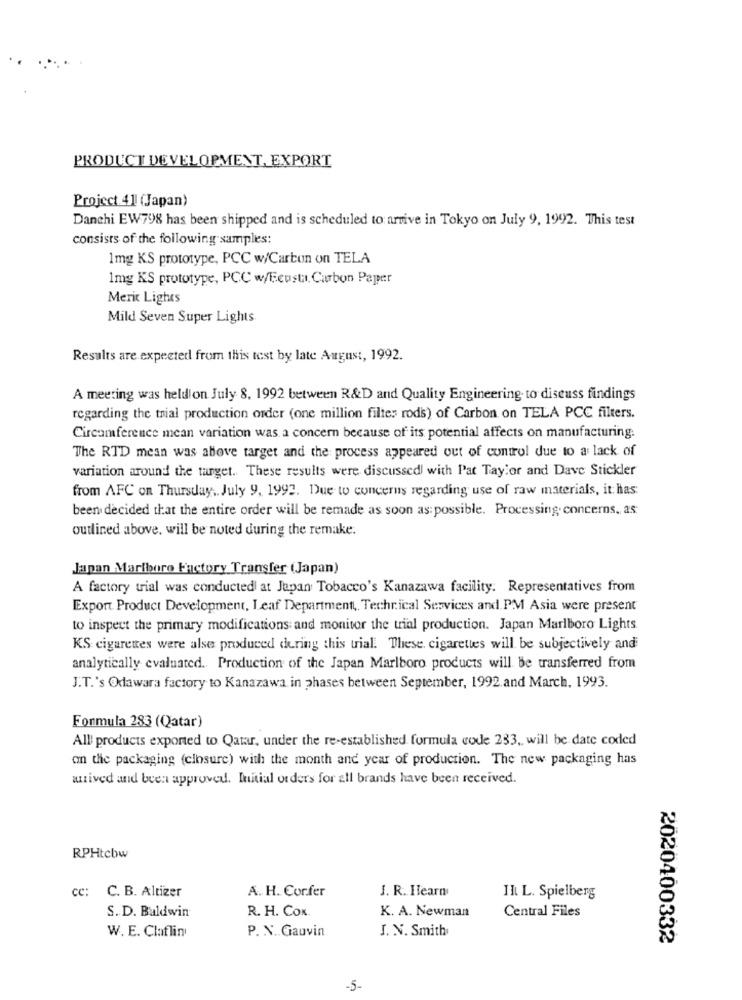
PRODUCT DEVELOPMENT, EXPORT
Project 41 (Japan)
Danchi EW798 has been shipped and is scheduled to arrive in Tokyo on July 9, 1992. This test
consists of the following samples:
1mg KS prototype, PCC w/Carbon on TELA
1mg KS prototype, PCC w/Eeusta. Carbon Papper
Merit Lights
Mild Seven Super Lights
Results are expected from this test by late August, 1992.
A meeting was heldion July 8, 1992 between R&D and Quality Engineering. to discuss findings
regarding the trial production order (one million filter rods) of Carbon on TELA PCC filters.
Circumference mean variation was a concern because of its potential affects on manufacturing.
The RTD mean was above target and the process appeared out of control due to a lack of
variation around the target. These results were discussedl with Pat Taylor and Dave Stickler
from AFC on Thursday .. July 9, 1992. Due to concerns regarding use of raw materials, it has:
been decided that the entire order will be remade as soon as possible. Processing. concerns, as
outlined above, will be noted during the remake.
Japan Marlboro Factory Transfer (Japan)
A factory trial was conductedl at Japan Tobacco's Kanazawa facility. Representatives from
Export Product Development, Leaf Department ,, Technical Services and PM Asia were present
to inspect the primary modifications and monitor the trial production. Japan Marlboro Lights
KS cigarettes were alse produced during this trial. These, cigarettes will be subjectively and
analytically evaluated. Production of the Japan Marlboro products will Be transferred from
J.T.'s Odawara factory to Kanazawa in phases between September, 1992. and March, 1993.
Formula 283 (Qatar)
All/ products exported to Qatar, under the re-established formula code 233 ,, will be date coded
on the packaging (closure) with the month and year of production. The new packaging has
anived and been approved. Initial orders for all brands have been received.
RPHtcbw
cc: C. B. Altizer
A. H. Confer
J. R. Hearn
Il L. Spielberg
R. H. CON.
K. A. Newman
S. D. Baldwin
Central Files
W. E. Claflin
P. N. Gauvin
J. N. Smith
2020400332
-5-